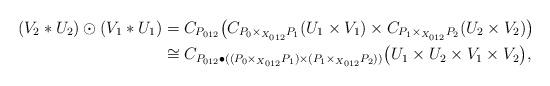
LaTeX: \begin{align*} (V_2 * U_2) \odot (V_1 * U_1)&= C_{P_{012}}\big(C_{P_0\times_{X_{012}}P_1}(U_1\times V_1)\times C_{P_1\times_{X_{012}}P_2}(U_2\times V_2)\big)\\ &\cong C_{P_{012} \bullet ( (P_0\times_{X_{012}}P_1) \times (P_1\times_{X_{012}} P_2) )} \big(U_1\times U_2 \times V_1 \times V_2 \big),\end{align*}